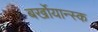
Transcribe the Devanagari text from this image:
बर्खोयान्स्क